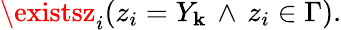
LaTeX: \existsz_{i}(z_{i}=Y_{\mathbf{k}}\, \land\, z_{i}\in\Gamma).